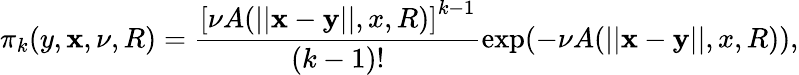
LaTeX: \pi_{k}(y,\mathbf x,\nu,R)=\frac{\left[\nu A(||\mathbf x-\mathbf y||,x,R)\right]^{k-1}}{(k-1)!}\exp(-\nu A(||\mathbf x-\mathbf y||,x,R)),